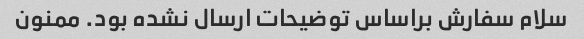
سلام سفارش براساس توضیحات ارسال نشده بود. ممنون